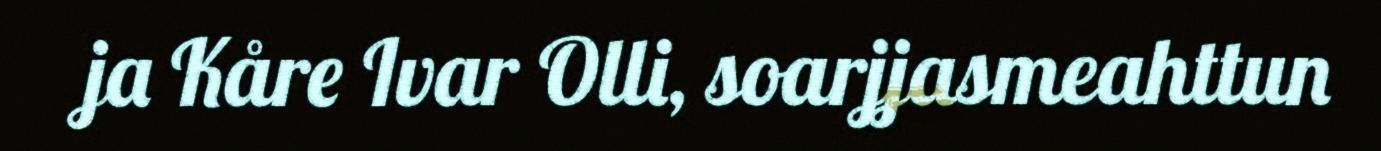
ja Kåre Ivar Olli, soarjjasmeahttun